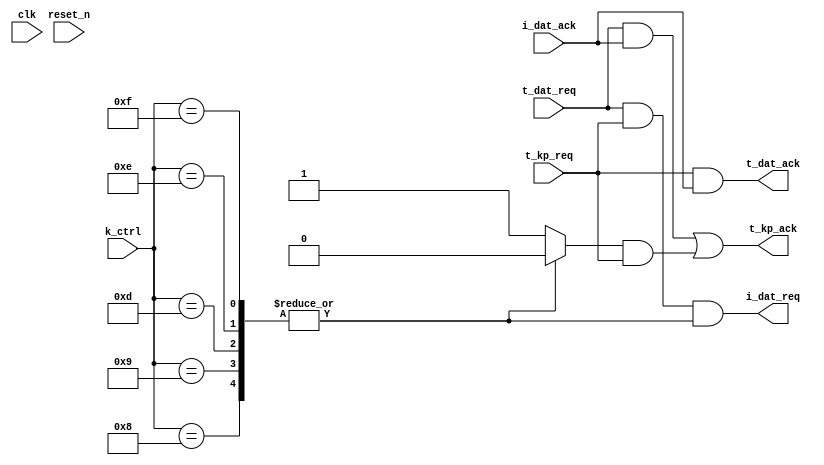


module operm_ctrl_2_1 (
    input  wire      t_dat_req,
    output wire t_dat_ack,

    input  wire      t_kp_req,
    output wire t_kp_ack,

    output wire i_dat_req,
    input  wire      i_dat_ack,

    input wire [3:0] k_ctrl,

    input  wire      clk, reset_n
);

reg invalid_op;

always @(*)
    case(k_ctrl)
        8 : begin
           invalid_op = 0;
        end 
        9 : begin
           invalid_op = 0;
        end 
        13 : begin
           invalid_op = 0;
        end 
        14 : begin
           invalid_op = 0;
        end 
        15 : begin
           invalid_op = 0;
        end 
        default: begin
          invalid_op= 1;
        end
        endcase


// request
assign i_dat_req = t_dat_req & t_kp_req & ~invalid_op;

// acknowlege
assign t_dat_ack = t_kp_req & i_dat_ack;
assign t_kp_ack = (t_dat_req & i_dat_ack) | (invalid_op & t_kp_req);


endmodule